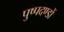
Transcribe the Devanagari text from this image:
पुष्पदण्डों